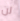
لن